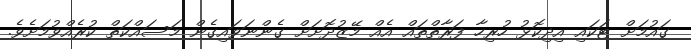
ގައުމަށް ޓަކައި އިދިކޮޅު ހުރިހާ ފަރާތްތައް އެއް މޭޒުދޮށަށް ގެންނަވައިގެން މަސައްކަތް ކުރެއްވުމަށެވެ.